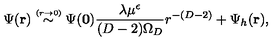
\Psi ( { \bf r } ) \stackrel { \scriptscriptstyle ( r \rightarrow 0 ) } { \sim } \Psi ( { \bf 0 } ) \frac { \lambda \mu ^ { \epsilon } } { ( D - 2 ) \Omega _ { D } } r ^ { - ( D - 2 ) } + \Psi _ { h } ( { \bf r } ) ,